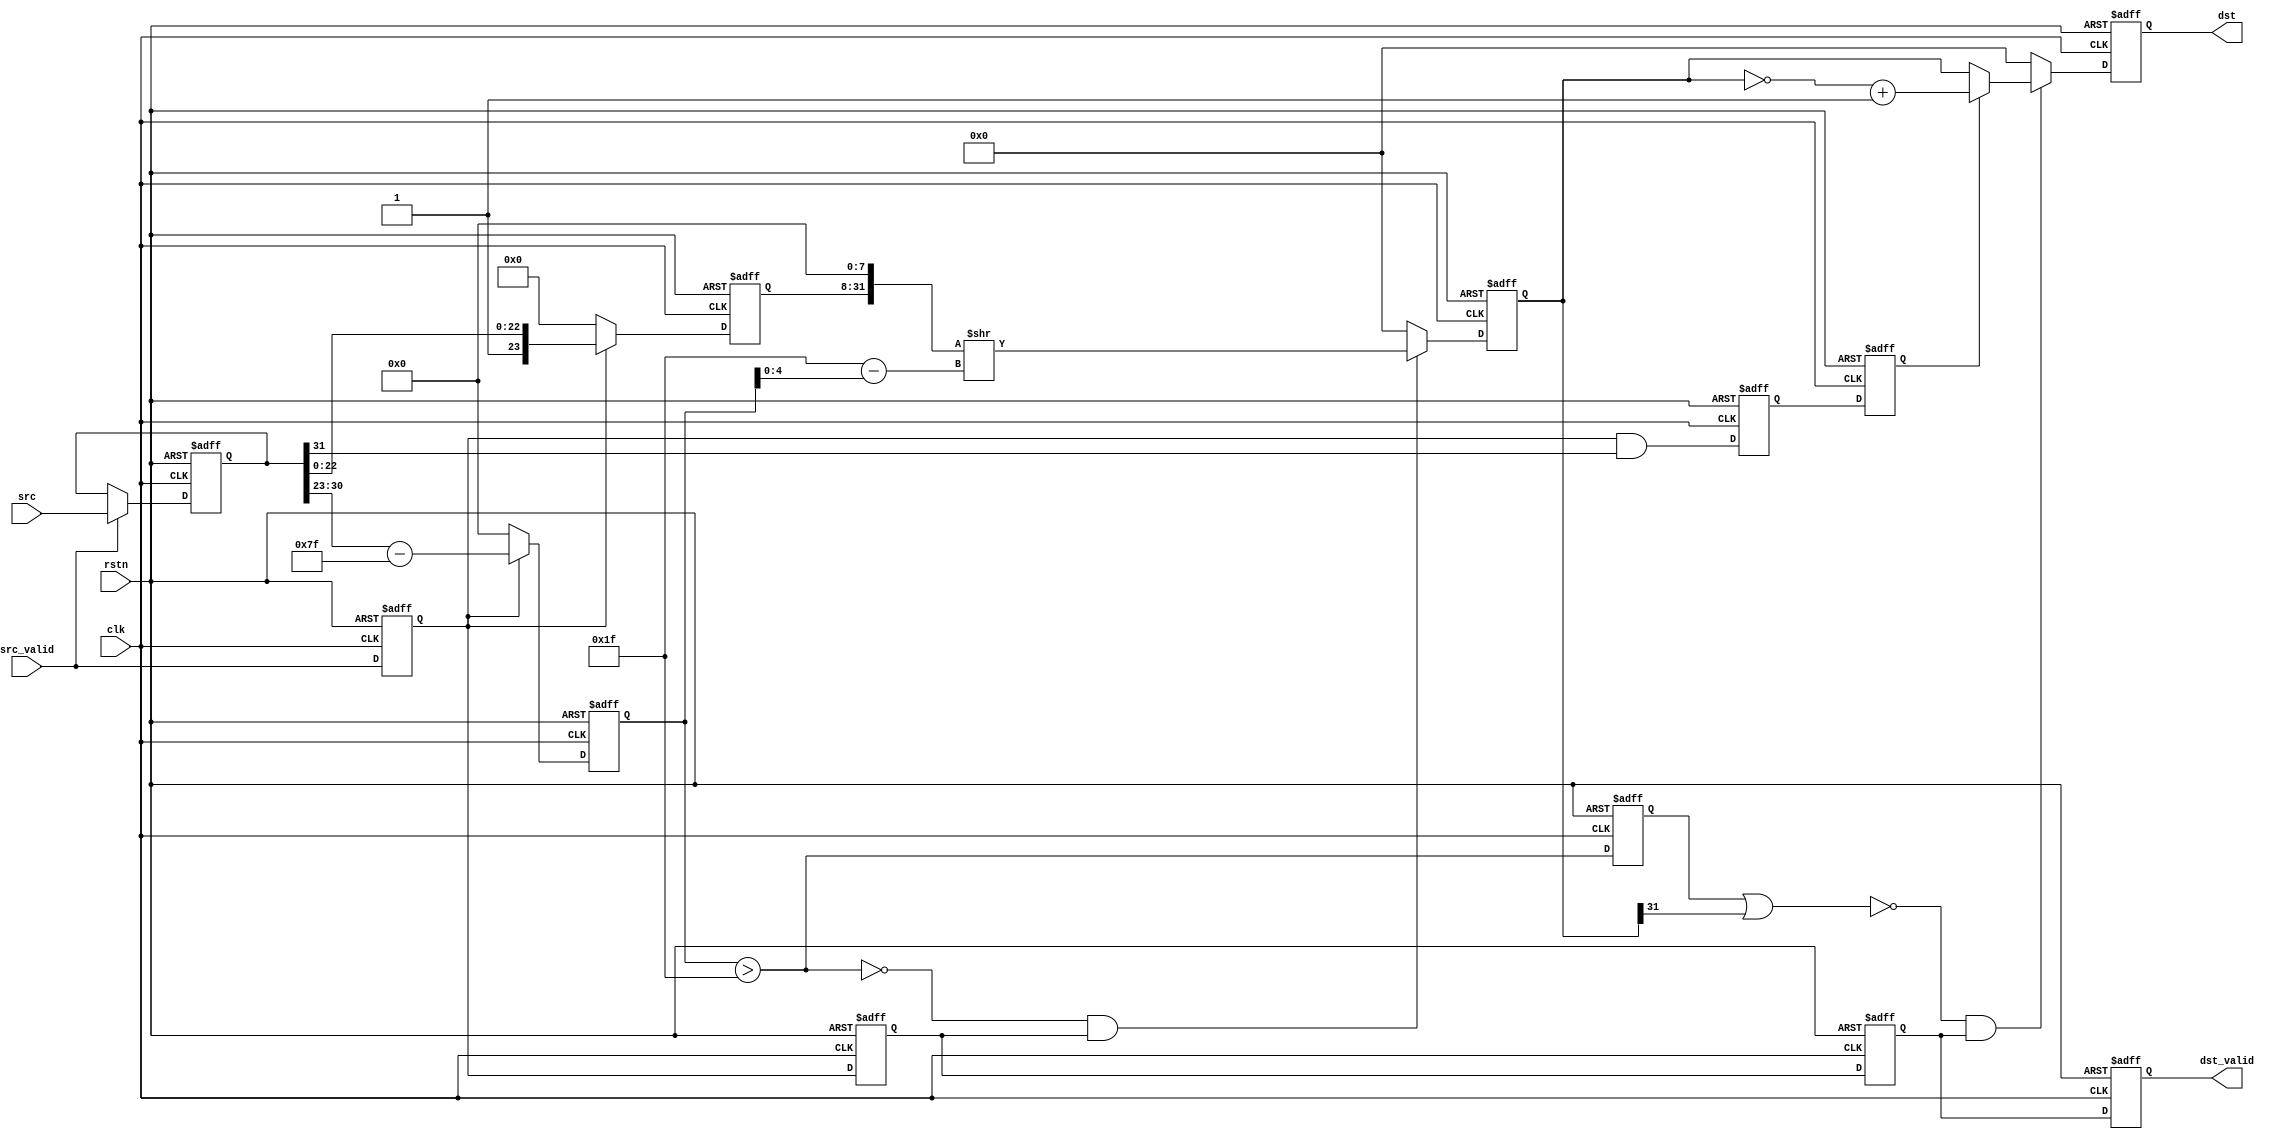
// Generated by stratus_hls 19.10-p100  (91500.011111)
// Fri Jan 15 16:39:43 2021
// from float2fix.cpp

`timescale 1ps / 1ps

      
module float2fix(clk, rstn, src_valid, src, dst_valid, dst);

      input clk;
      input rstn;
      input src_valid;
      input [31:0] src;
      output dst_valid;
      reg dst_valid;
      output [31:0] dst;
      reg [31:0] dst;
      reg[31:0] float2fix_N_Mux_32_2_12_4_12_out1;
      wire[7:0] float2fix_MuxSubi127u8i0u1_4_10_in2;
      reg src_valid_1d;
      reg[31:0] r_in_data;
      wire float2fix_And_1Ux1U_1U_4_9_in1;
      wire float2fix_And_1Ux1U_1U_4_9_out1;
      reg a_s;
      reg[7:0] float2fix_MuxSubi127u8i0u1_4_10_out1;
      reg[23:0] float2fix_MuxCati0Catu23i1i0u1_4_11_out1_slice;
      reg[7:0] a_e;
      reg[23:0] a_m_slice;
      /*signed*/wire[4:0] float2fix_Subu5i31_1_14_out1;
      wire[31:0] float2fix_RightShift_32Ux5U_32U_4_17_out1;
      reg src_valid_2d;
      wire float2fix_And_1Ux1U_1U_4_16_out1;
      wire float2fix_Gti31s9_1_13_out1;
      wire float2fix_Not_1U_1U_4_15_out1;
      reg[31:0] float2fix_Muxu32i0u1_4_18_out1;
      reg[31:0] float2fix_N_Mux_32_2_12_4_7_out1;
      reg r_a_s;
      /*signed*/wire[31:0] float2fix_Add2i1s32_4_6_out1;
      /*signed*/wire[31:0] float2fix_NotBit_32U_32S_4_5_out1;
      wire float2fix_And_1Ux1U_1U_4_4_out1;
      wire float2fix_Not_1U_1U_4_3_out1;
      reg r_max_sig;
      wire float2fix_Or_1Ux1U_1U_4_1_out1;
      reg[31:0] r_a_m;
      wire float2fix_Or_1Ux1U_1U_4_1_in1;
      reg[31:0] float2fix_Muxu32i0u1_4_8_out1;
      reg src_valid_3d;

         // rtl_process:float2fix/drive_dst_valid
         // Sharing or Control mux
         // Sharing/Controlling 2 operation(s) on drive_dst_valid
         // at: float2fix.h:127:7
         // at: float2fix.h:130:7
         always @(posedge clk or negedge rstn)
          begin :drive_dst_valid
            if (rstn == 1'b0) begin
               // op:_dst_valid/OP0
               dst_valid <= 1'd0;
            end
            else begin
               // op:_dst_valid/OP2
               dst_valid <= src_valid_3d;
            end
         end

         // rtl_process:float2fix/drive_dst
         // Sharing or Control mux
         // Sharing/Controlling 2 operation(s) on drive_dst
         // at: float2fix.h:106:7
         // at: float2fix.h:120:7
         always @(posedge clk or negedge rstn)
          begin :drive_dst
            if (rstn == 1'b0) begin
               // op:_dst/OP3
               dst <= 32'd0000000000;
            end
            else begin
               // op:_dst/OP18
               dst <= float2fix_Muxu32i0u1_4_8_out1;
            end
         end

         // rtl_process:float2fix/drive_float2fix_Or_1Ux1U_1U_4_1_in1
         // Sharing or Control mux
         // Sharing/Controlling 1 operation(s) on drive_float2fix_Or_1Ux1U_1U_4_1_in1
         // at: float2fix.h:114:26
         assign float2fix_Or_1Ux1U_1U_4_1_in1 = r_a_m[31];

         // rtl_instance:float2fix/float2fix_Or_1Ux1U_1U_4_1
         // Resource=float2fix_Or_1Ux1U_1U_4, Function=or : Inputs=1,1 Outputs=1
         // Implements 1 operation(s)
         // at: float2fix.h:112:14
         assign float2fix_Or_1Ux1U_1U_4_1_out1 = r_max_sig | float2fix_Or_1Ux1U_1U_4_1_in1;

         // rtl_instance:float2fix/float2fix_Not_1U_1U_4_3
         // Resource=float2fix_Not_1U_1U_4, Function=not : Inputs=1 Outputs=1
         // Implements 1 operation(s)
         // at: float2fix.h:110:14
         assign float2fix_Not_1U_1U_4_3_out1 = !float2fix_Or_1Ux1U_1U_4_1_out1;

         // rtl_instance:float2fix/float2fix_And_1Ux1U_1U_4_4
         // Resource=float2fix_And_1Ux1U_1U_4, Function=and : Inputs=1,1 Outputs=1
         // Implements 1 operation(s)
         // at: float2fix.h:108:15
         assign float2fix_And_1Ux1U_1U_4_4_out1 = float2fix_Not_1U_1U_4_3_out1 & src_valid_3d;

         // rtl_instance:float2fix/float2fix_NotBit_32U_32S_4_5
         // Resource=float2fix_NotBit_32U_32S_4, Function=not : Inputs=32 Outputs=32S
         // Implements 1 operation(s)
         // at: float2fix.h:118:14
         assign float2fix_NotBit_32U_32S_4_5_out1 = ~r_a_m;

         // rtl_instance:float2fix/float2fix_Add2i1s32_4_6
         // Resource=float2fix_Add2i1s32_4, Function=add : Inputs=32S Outputs=32S
         // Implements 1 operation(s)
         // at: float2fix.h:118:29
         assign float2fix_Add2i1s32_4_6_out1 = float2fix_NotBit_32U_32S_4_5_out1 + 32'd0000000001;

         // rtl_instance:float2fix/float2fix_N_Mux_32_2_12_4
         always @(r_a_m or r_a_s or float2fix_Add2i1s32_4_6_out1)
          begin :float2fix_N_Mux_32_2_12_4_7
            if (r_a_s) begin
               float2fix_N_Mux_32_2_12_4_7_out1 = float2fix_Add2i1s32_4_6_out1;
            end
            else begin
               float2fix_N_Mux_32_2_12_4_7_out1 = r_a_m;
            end
         end

         // rtl_instance:float2fix/float2fix_Muxu32i0u1_4
         always @(float2fix_And_1Ux1U_1U_4_4_out1 or float2fix_N_Mux_32_2_12_4_7_out1)
          begin :float2fix_Muxu32i0u1_4_8
            if (float2fix_And_1Ux1U_1U_4_4_out1) begin
               float2fix_Muxu32i0u1_4_8_out1 = float2fix_N_Mux_32_2_12_4_7_out1;
            end
            else begin
               float2fix_Muxu32i0u1_4_8_out1 = 32'd0000000000;
            end
         end

         // rtl_process:float2fix/drive_r_a_m
         // Sharing or Control mux
         // Sharing/Controlling 4 operation(s) on drive_r_a_m
         // at: float2fix.h:114:14
         // at: float2fix.h:118:15
         // at: float2fix.h:89:7
         // at: float2fix.h:99:7
         always @(posedge clk or negedge rstn)
          begin :drive_r_a_m
            if (rstn == 1'b0) begin
               // op:_r_a_m/OP69
               r_a_m <= 32'd0000000000;
            end
            else begin
               // op:_r_a_m/OP78
               r_a_m <= float2fix_Muxu32i0u1_4_18_out1;
            end
         end

         // rtl_instance:float2fix/float2fix_Not_1U_1U_4_15
         // Resource=float2fix_Not_1U_1U_4, Function=not : Inputs=1 Outputs=1
         // Implements 1 operation(s)
         // at: float2fix.h:95:14
         assign float2fix_Not_1U_1U_4_15_out1 = !float2fix_Gti31s9_1_13_out1;

         // rtl_instance:float2fix/float2fix_And_1Ux1U_1U_4_16
         // Resource=float2fix_And_1Ux1U_1U_4, Function=and : Inputs=1,1 Outputs=1
         // Implements 1 operation(s)
         // at: float2fix.h:92:15
         assign float2fix_And_1Ux1U_1U_4_16_out1 = float2fix_Not_1U_1U_4_15_out1 & src_valid_2d;

         // rtl_instance:float2fix/float2fix_RightShift_32Ux5U_32U_4_17
         // Resource=float2fix_RightShift_32Ux5U_32U_4, Function=rs : Inputs=32,5 Outputs=32
         // Implements 1 operation(s)
         // at: float2fix.h:99:26
         assign float2fix_RightShift_32Ux5U_32U_4_17_out1 = {a_m_slice, 8'd000} >> float2fix_Subu5i31_1_14_out1;

         // rtl_instance:float2fix/float2fix_Muxu32i0u1_4
         always @(float2fix_And_1Ux1U_1U_4_16_out1 or float2fix_RightShift_32Ux5U_32U_4_17_out1)
          begin :float2fix_Muxu32i0u1_4_18
            if (float2fix_And_1Ux1U_1U_4_16_out1) begin
               float2fix_Muxu32i0u1_4_18_out1 = float2fix_RightShift_32Ux5U_32U_4_17_out1;
            end
            else begin
               float2fix_Muxu32i0u1_4_18_out1 = 32'd0000000000;
            end
         end

         // rtl_instance:float2fix/float2fix_Gti31s9_1_13
         // Resource=float2fix_Gti31s9_1, Function=gt : Inputs=9S Outputs=1
         // Implements 1 operation(s)
         // at: float2fix.h:81:39
         assign float2fix_Gti31s9_1_13_out1 = {1'b0, a_e} > 9'd031;

         // rtl_instance:float2fix/float2fix_Subu5i31_1_14
         // Resource=float2fix_Subu5i31_1, Function=sub : Inputs=5 Outputs=5S
         // Implements 1 operation(s)
         // at: float2fix.h:83:22
         assign float2fix_Subu5i31_1_14_out1 = 5'd31 - a_e[4:0];

         // rtl_process:float2fix/drive_a_m_slice
         // Sharing or Control mux
         // Sharing/Controlling 3 operation(s) on drive_a_m_slice
         // at: float2fix.h:62:7
         // at: float2fix.h:72:7
         // at: float2fix.h:99:15
         always @(posedge clk or negedge rstn)
          begin :drive_a_m_slice
            if (rstn == 1'b0) begin
               // op:_a_m_e_s/OP33
               a_m_slice <= 24'd00000000;
            end
            else begin
               // op:_a_m_e_s/OP43
               a_m_slice <= float2fix_MuxCati0Catu23i1i0u1_4_11_out1_slice;
            end
         end

         // rtl_process:float2fix/drive_a_e
         // Sharing or Control mux
         // Sharing/Controlling 3 operation(s) on drive_a_e
         // at: float2fix.h:63:7
         // at: float2fix.h:73:7
         // at: float2fix.h:83:24
         always @(posedge clk or negedge rstn)
          begin :drive_a_e
            if (rstn == 1'b0) begin
               // op:_a_m_e_s/OP34
               a_e <= 8'd000;
            end
            else begin
               // op:_a_m_e_s/OP41
               a_e <= float2fix_MuxSubi127u8i0u1_4_10_out1;
            end
         end

         // rtl_process:float2fix/drive_a_s
         // Sharing or Control mux
         // Sharing/Controlling 3 operation(s) on drive_a_s
         // at: float2fix.h:64:7
         // at: float2fix.h:74:7
         // at: float2fix.h:43:15
         always @(posedge clk or negedge rstn)
          begin :drive_a_s
            if (rstn == 1'b0) begin
               // op:_a_m_e_s/OP35
               a_s <= 1'd0;
            end
            else begin
               // op:_a_m_e_s/OP39
               a_s <= float2fix_And_1Ux1U_1U_4_9_out1;
            end
         end

         // rtl_process:float2fix/drive_float2fix_And_1Ux1U_1U_4_9_in1
         // Sharing or Control mux
         // Sharing/Controlling 1 operation(s) on drive_float2fix_And_1Ux1U_1U_4_9_in1
         // at: float2fix.h:74:29
         assign float2fix_And_1Ux1U_1U_4_9_in1 = r_in_data[31];

         // rtl_instance:float2fix/float2fix_And_1Ux1U_1U_4_9
         // Resource=float2fix_And_1Ux1U_1U_4, Function=and : Inputs=1,1 Outputs=1
         // Implements 1 operation(s)
         // at: float2fix.h:66:10
         assign float2fix_And_1Ux1U_1U_4_9_out1 = src_valid_1d & float2fix_And_1Ux1U_1U_4_9_in1;

         // rtl_process:float2fix/drive_float2fix_MuxSubi127u8i0u1_4_10_in2
         // Sharing or Control mux
         // Sharing/Controlling 1 operation(s) on drive_float2fix_MuxSubi127u8i0u1_4_10_in2
         // at: float2fix.h:73:29
         assign float2fix_MuxSubi127u8i0u1_4_10_in2 = r_in_data[30:23];

         // rtl_instance:float2fix/float2fix_MuxSubi127u8i0u1_4
         always @(src_valid_1d or float2fix_MuxSubi127u8i0u1_4_10_in2)
          begin :float2fix_MuxSubi127u8i0u1_4_10
            if (src_valid_1d) begin
               float2fix_MuxSubi127u8i0u1_4_10_out1 = float2fix_MuxSubi127u8i0u1_4_10_in2 - 8'd127;
            end
            else begin
               float2fix_MuxSubi127u8i0u1_4_10_out1 = 8'd000;
            end
         end

         // rtl_instance:float2fix/float2fix_MuxCati0Catu23i1i0u1_4
         always @(src_valid_1d or r_in_data[22:0])
          begin :float2fix_MuxCati0Catu23i1i0u1_4_11
            if (src_valid_1d) begin
               float2fix_MuxCati0Catu23i1i0u1_4_11_out1_slice = {1'b1, r_in_data[22:0]};
            end
            else begin
               float2fix_MuxCati0Catu23i1i0u1_4_11_out1_slice = 24'd00000000;
            end
         end

         // rtl_process:float2fix/drive_r_in_data
         // Sharing or Control mux
         // Sharing/Controlling 4 operation(s) on drive_r_in_data
         // at: float2fix.h:74:13
         // at: float2fix.h:52:7
         // at: float2fix.h:55:7
         always @(posedge clk or negedge rstn)
          begin :drive_r_in_data
            if (rstn == 1'b0) begin
               // op:_r_in_data/OP50
               r_in_data <= 32'd0000000000;
            end
            else begin
               // op:_r_in_data/OP56
               r_in_data <= float2fix_N_Mux_32_2_12_4_12_out1;
            end
         end

         // rtl_instance:float2fix/float2fix_N_Mux_32_2_12_4
         always @(src or src_valid or r_in_data)
          begin :float2fix_N_Mux_32_2_12_4_12
            if (src_valid) begin
               float2fix_N_Mux_32_2_12_4_12_out1 = src;
            end
            else begin
               float2fix_N_Mux_32_2_12_4_12_out1 = r_in_data;
            end
         end

         // rtl_process:float2fix/drive_src_valid_3d
         // Sharing or Control mux
         // Sharing/Controlling 4 operation(s) on drive_src_valid_3d
         // at: float2fix.h:130:19
         // at: float2fix.h:108:15
         // at: float2fix.h:34:7
         // at: float2fix.h:42:7
         always @(posedge clk or negedge rstn)
          begin :drive_src_valid_3d
            if (rstn == 1'b0) begin
               // op:_delay/OP88
               src_valid_3d <= 1'd0;
            end
            else begin
               // op:_delay/OP101
               src_valid_3d <= src_valid_2d;
            end
         end

         // rtl_process:float2fix/drive_r_max_sig
         // Sharing or Control mux
         // Sharing/Controlling 3 operation(s) on drive_r_max_sig
         // at: float2fix.h:112:14
         // at: float2fix.h:37:7
         // at: float2fix.h:45:7
         always @(posedge clk or negedge rstn)
          begin :drive_r_max_sig
            if (rstn == 1'b0) begin
               // op:_delay/OP91
               r_max_sig <= 1'd0;
            end
            else begin
               // op:_delay/OP104
               r_max_sig <= float2fix_Gti31s9_1_13_out1;
            end
         end

         // rtl_process:float2fix/drive_r_a_s
         // Sharing or Control mux
         // Sharing/Controlling 3 operation(s) on drive_r_a_s
         // at: float2fix.h:117:10
         // at: float2fix.h:35:7
         // at: float2fix.h:43:7
         always @(posedge clk or negedge rstn)
          begin :drive_r_a_s
            if (rstn == 1'b0) begin
               // op:_delay/OP89
               r_a_s <= 1'd0;
            end
            else begin
               // op:_delay/OP102
               r_a_s <= a_s;
            end
         end

         // rtl_process:float2fix/drive_src_valid_2d
         // Sharing or Control mux
         // Sharing/Controlling 4 operation(s) on drive_src_valid_2d
         // at: float2fix.h:92:15
         // at: float2fix.h:33:7
         // at: float2fix.h:41:7
         always @(posedge clk or negedge rstn)
          begin :drive_src_valid_2d
            if (rstn == 1'b0) begin
               // op:_delay/OP87
               src_valid_2d <= 1'd0;
            end
            else begin
               // op:_delay/OP100
               src_valid_2d <= src_valid_1d;
            end
         end

         // rtl_process:float2fix/drive_src_valid_1d
         // Sharing or Control mux
         // Sharing/Controlling 4 operation(s) on drive_src_valid_1d
         // at: float2fix.h:66:15
         // at: float2fix.h:32:7
         // at: float2fix.h:40:7
         always @(posedge clk or negedge rstn)
          begin :drive_src_valid_1d
            if (rstn == 1'b0) begin
               // op:_delay/OP86
               src_valid_1d <= 1'd0;
            end
            else begin
               // op:_delay/OP99
               src_valid_1d <= src_valid;
            end
         end


endmodule